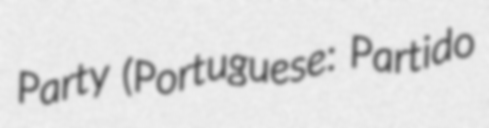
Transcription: Party (Portuguese: Partido